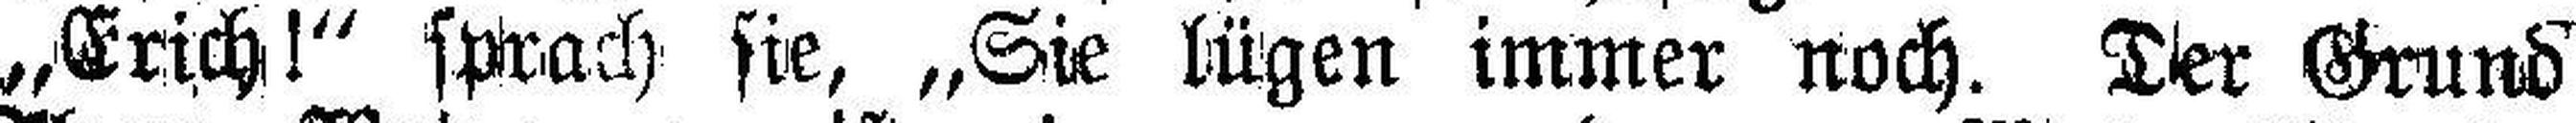
„Erich!“ sprach sie, „Sie lügen immer noch. Der Grund